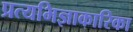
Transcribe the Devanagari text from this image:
प्रत्यभिज्ञाकारिका